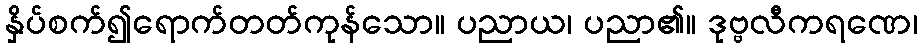
နှိပ်စက်၍ရောက်တတ်ကုန်သော။ ပညာယ၊ ပညာ၏။ ဒုဗ္ဗလီကရဏေ၊